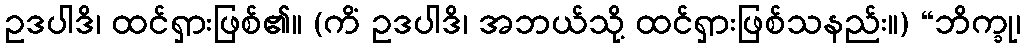
ဥဒပါဒိ၊ ထင်ရှားဖြစ်၏။ (ကိံ ဥဒပါဒိ၊ အဘယ်သို့ ထင်ရှားဖြစ်သနည်း။) “ဘိက္ခု၊